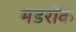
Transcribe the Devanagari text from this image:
मडरॉक